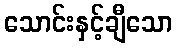
သောင်းနှင့်ချီသော